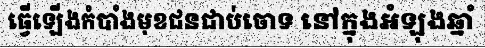
ធ្វើឡើងកំបាំងមុខជនជាប់ចោទ នៅក្នុងអំឡុងឆ្នាំ